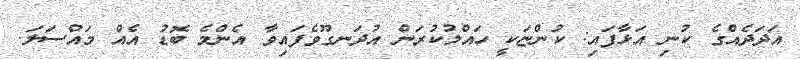
އަދަދެއްގެ ކުނި އަޅާފައި: ކުންޏަކީ ހައްލުކުރަން އުދަނގޫވެފައިވާ އެންމެ ބޮޑު އެއް މައްސަލަ.